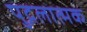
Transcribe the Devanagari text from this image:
पुद्गलात्मक